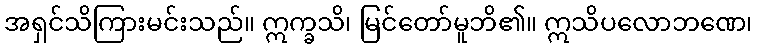
အရှင်သိကြားမင်းသည်။ ဣက္ခသိ၊ မြင်တော်မူဘိ၏။ ဣသိပလောဘဏေ၊